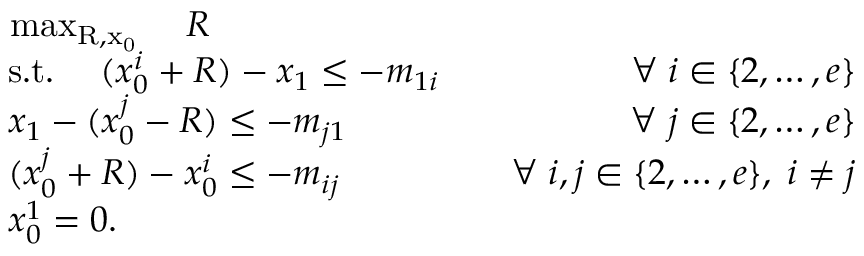
\begin{array} { r l r } & { \mathrm { ~ \operatorname* { m a x } _ { R , x _ 0 } ~ } \quad R } \\ & { \; \mathrm { s . t . } \quad \; ( x _ { 0 } ^ { i } + R ) - x _ { 1 } \le - m _ { 1 i } } & { \quad \forall \; i \in \{ 2 , \dots , e \} } \\ & { \; x _ { 1 } - ( x _ { 0 } ^ { j } - R ) \le - m _ { j 1 } } & { \quad \forall \; j \in \{ 2 , \ldots , e \} } \\ & { \; ( x _ { 0 } ^ { j } + R ) - x _ { 0 } ^ { i } \leq - m _ { i j } } & { \quad \forall \; i , j \in \{ 2 , \ldots , e \} , \; i \neq j } \\ & { \; x _ { 0 } ^ { 1 } = 0 . } \end{array}